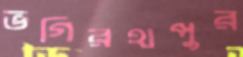
ভগিরথপুর